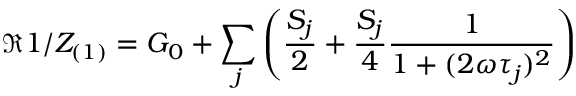
\Re { 1 / Z _ { ( 1 ) } } = G _ { 0 } + \sum _ { j } \left( \frac { S _ { j } } { 2 } + \frac { S _ { j } } { 4 } \frac { 1 } { 1 + ( 2 \omega \tau _ { j } ) ^ { 2 } } \right)